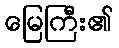
မြေကြီး၏